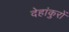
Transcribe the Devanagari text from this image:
देहांकुरों